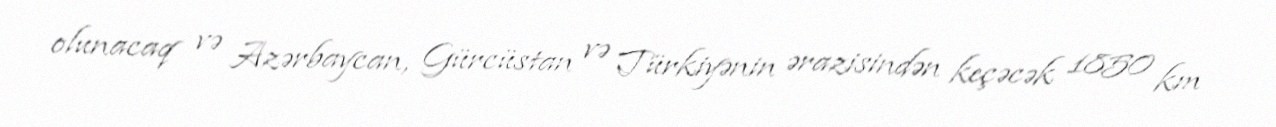
olunacaq və Azərbaycan, Gürcüstan və Türkiyənin ərazisindən keçəcək 1850 km